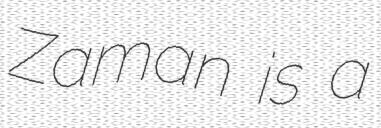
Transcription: Zaman is a